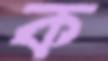
ক